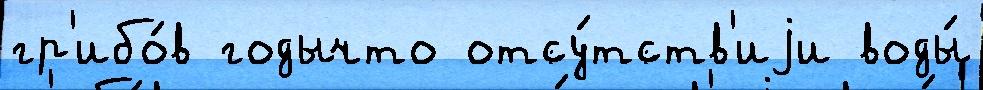
гр'ибо́в годычто отсу́тств'иjи воды́